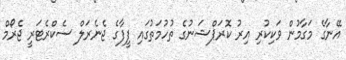
އޭނާގެ މަގާމުން ވަކިކުރި އިރު ކޮރަޕްޝަނުގެ ތުހުމަތުގައި ފީފާގެ ޖެނެރަލް ސެކްރެޓަރީ ޖެރޯމް